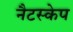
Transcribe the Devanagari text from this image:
नैटस्केप